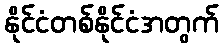
နိုင်ငံတစ်နိုင်ငံအတွက်